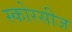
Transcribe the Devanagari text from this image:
स्कोरसीज